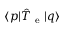
\langle p \vert \hat { T } _ { \mathrm { ~ e ~ } } \vert q \rangle